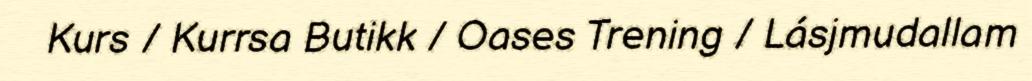
Kurs / Kurrsa Butikk / Oases Trening / Lásjmudallam